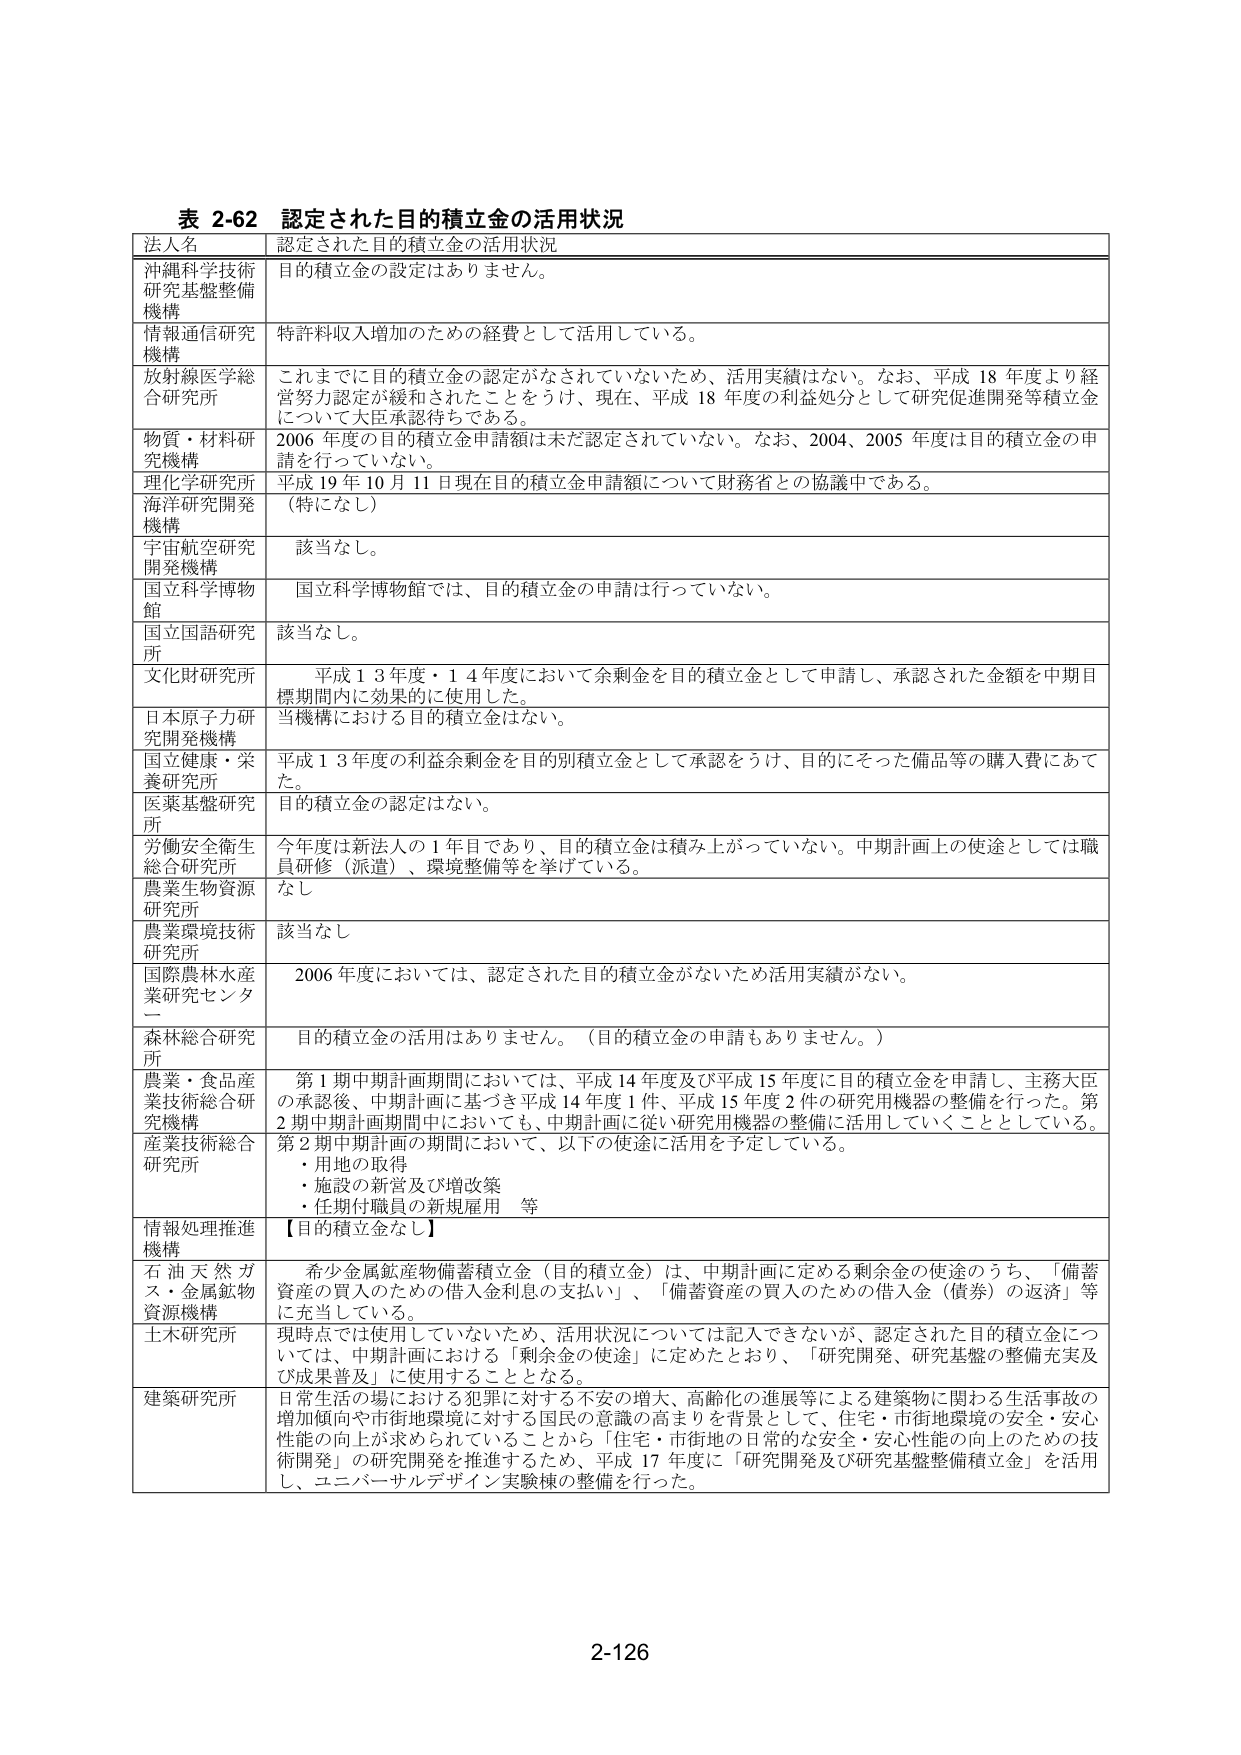
表 2-62 認定された目的積立金の活用状況
法人名 認定された目的積立金の活用状況
沖縄科学技術研究基盤整備機構 目的積立金の設定はありません。
情報通信研究機構 特許料収入増加のための経費として活用している。
放射線医学総合研究所 これまでに目的積立金の認定がなされていないため、活用実績はない。なお、平成18年度より経営努力認定が緩和されたことをうけ、現在、平成18年度の利益処分として研究促進開発等積立金について大臣承認待ちである。
物質・材料研究機構 2006年度の目的積立金申請額は未だ認定されていない。なお、2004、2005年度は目的積立金の申請を行っている。
理化学研究所 平成19年10月11日現在目的積立金申請額について財務省との協議中である。
海洋研究開発機構 （特になし）
宇宙航空研究開発機構 該当なし。
国立科学博物館 国立科学博物館では、目的積立金の申請は行っていない。
国立国語研究所 該当なし。
文化財研究所 平成13年度・14年度において余剰金を目的積立金として申請し、承認された金額を中期目標期間内に効果的に使用した。
日本原子力研究開発機構 当機構における目的積立金はない。
国立健康・栄養研究所 平成13年度の利益余剰金を目的別積立金として承認をうけ、目的にそった備品等の購入費にあてた。
医薬基盤研究所 目的積立金の認定はない。
労働安全衛生総合研究所 今年度は新法人の1年目であり、目的積立金は積み上がってない。中期計画上の用途としては職員研修（派遣）、環境整備等を挙げている。
農業生物資源研究所 なし
農業環境技術研究所 該当なし
国際農林水産業研究センター 2006年度においては、認定された目的積立金がないため活用実績がない。
森林総合研究所 目的積立金の活用はありません。（目的積立金の申請もありません。）
農業・食品産業技術総合研究機構 第1期中期計画期間においては、平成14年度及び平成15年度に目的積立金を申請し、主務大臣の承認を、中期計画に基づき平成14年度1件、平成15年度2件の研究用機器の整備を行った。第2期中期計画期間中においても、中期計画に従い研究用機器の整備に活用していくこととしている。
産業技術総合研究所 第2期中期計画の期間において、以下の用途に活用を予定している。
・用地の取得
・施設の新営及び増改築
・任期付職員の新規雇用 等
情報処理推進機構 【目的積立金なし】
石油天然ガス・金属鉱物資源機構 希少金属鉱産物備蓄積立金（目的積立金）は、中期計画に定める剰余金の用途のうち、「備蓄資産の買入のための借入金利息の支払い」、「備蓄資産の買入のための借入金（債券）の返済」等に充当している。
土木研究所 現時点では使用していないため、活用状況については記入できないが、認定された目的積立金については、中期計画における「剰余金の用途」に定めたとおり、「研究開発、研究基盤の整備充実及び成果普及」に使用することとなる。
建築研究所 日常生活の場における犯罪に対する不安の増大、高齢化の進展等による建築物に関わる生活事故の増加傾向や市街地環境に対する国民の意識の高まりを背景として、住宅・市街地環境の安全・安心性能の向上が求められていることから「住宅・市街地の日常的な安全・安心性能の向上のための技術開発」の研究開発を推進するため、平成17年度に「研究開発及び研究基盤整備積立金」を活用し、ユニバーサルデザイン実験棟の整備を行った。
2-126